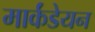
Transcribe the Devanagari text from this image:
मार्कंडेयन